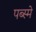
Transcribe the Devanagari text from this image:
पब्स्मे